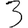
Digit: 3